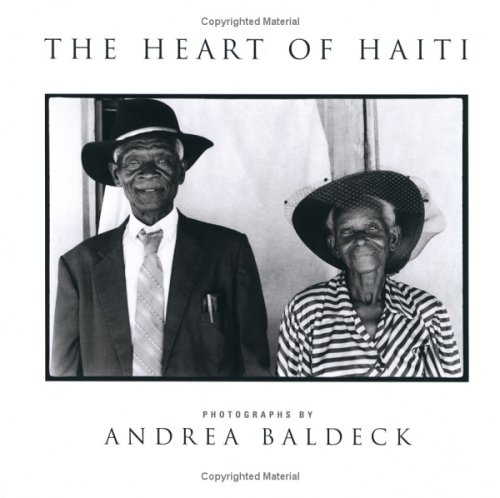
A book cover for The Heart of Haiti; Andrea Baldeck; Travel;